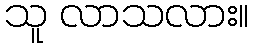
သူ လာသလား။